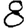
Digit: 8